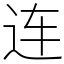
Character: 连